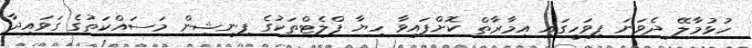
ހުޅުމާލޭ ދެވަނަ ފިވަހީގައި އިމާރާތް ކޮށްފައިވާ ހިޔާ ފްލެޓްތަކުގެ ފިނިޝިން މަސައްކަތުގެ ގަވައިދާ